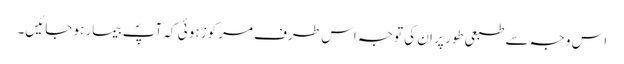
اس وجہ سے طبعی طور پر ان کی توجہ اس طرف مرکوز ہو ئی کہ آپؐ بیمار ہو جائیں۔